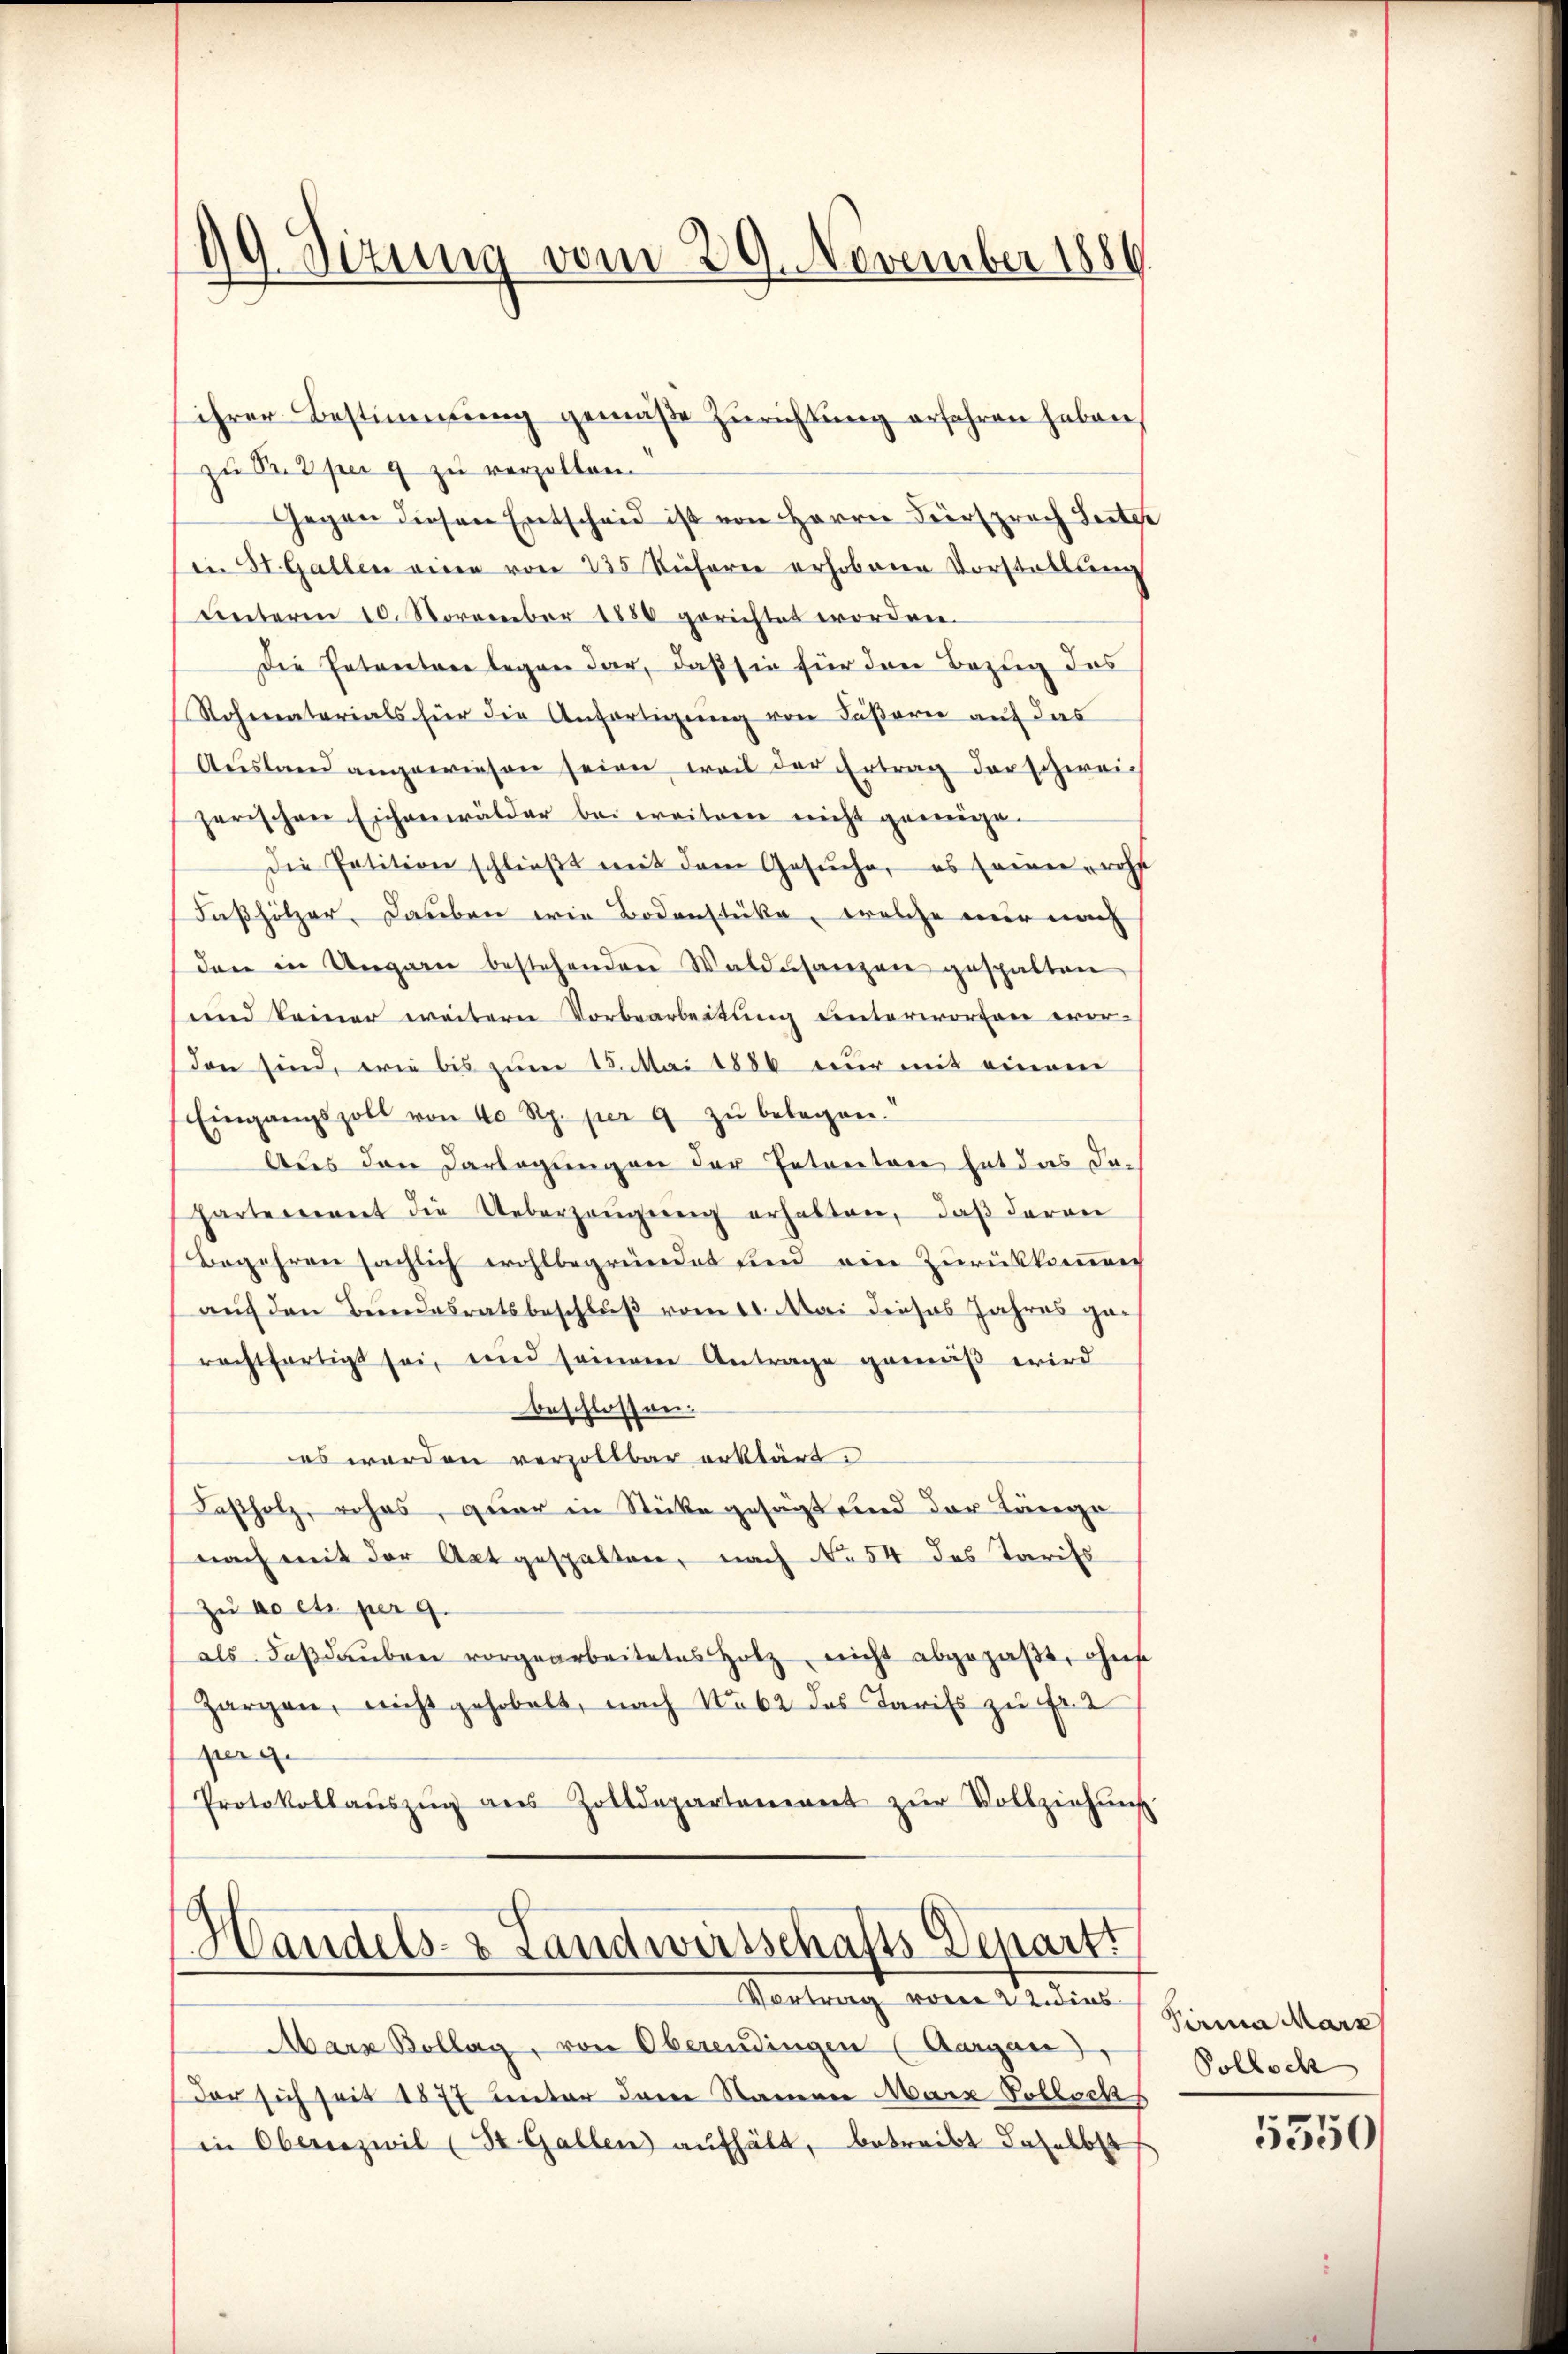
99. Sizung vom 29. November 1889

zu S. Z per 9 zu verzollen
Gegen diesen Entscheid ist von Herrn Fürsprach Leiter
in St. Gallen eine von 235 Referne erhobene Vorstellung
unterm 10. November 1880 gerichtet worden.
Die Ententen legen dar, daß sie für den Bezug das
Rohmaterials für die Anfertigung von Caßarie auf das
Ausland angewiesen seien, weil der Ertrag der schwei
herischen Eichenwälder bei weitern nicht geweige¬
Die Petition schlieβt mit dem Gesuche, es seine wohl
Faßhölzer. Daneben wie Bodenstücke, welche nur nach
den in Ungarn bestehenden Waldesanzen gespalten
und keiner weitern Vorbearbeitung unterworfen evor-
don sind, wie bis zum 15. Mai 1886 nur mit eineren
Eingangszoll von 40 Rp. per 9 zu belegen.“
Aus den Darlegungen der Entreten hat das daharterrent die Ueberzeŭgŭng erhalten, daß daran
Begehren sächlich wohlbegründet und ein Zurükkommen
auf den Bundesratsbeschluß vom 11. Mai dieses Jahres gerechtfertigt sei, und seinem Antrage gemäß wird
beschlossen.
es werden verzollbar erklärt.
Faßholz, rohes, quar in Stücke gesagt und der Länge
nach mit der Akt gespalten, nach No 54 des Tarifs
zu no et per 9.
als Faβdaŭben vorgearbeitetes Holz, nicht abgepaβt, ohne
Hargen, nicht gehobelt, nach No 62 das Tarifs zu Fr. 2
perg.
Protokollaŭszŭg aŭs Zolldepartanennt zŭr Vollziehŭng

ihrer Bestimmung gemäße Zurichtung erfahren haben

¬
Vandels- & Landwirtschafts-Depart.
Vortrag vom 22. dies

Mara Bollag, von Oberendingen (Aargau)
der sich seit 1877 unter dem Namen Marz Gollochs
in Obernzwil (St. Gallen aufhält, betreibt daselbst

Pirma Marz
Polloch

5350